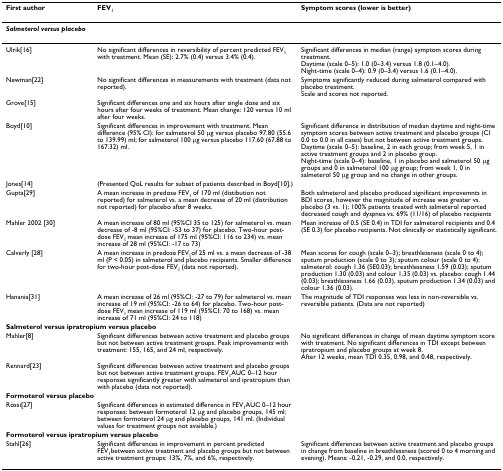
<table><thead><tr><td><b>First author</b></td><td><b>FEV<sub>1</sub></b></td><td><b>Symptom scores (lower is better)</b></td></tr></thead><tbody><tr><td colspan="3"><b><i>Salmeterol versus placebo</i></b></td></tr><tr><td>Ulrik[16]</td><td>No significant differences in reversibility of percent predicted FEV<sub>1 </sub>with treatment. Mean (SE): 2.7% (0.4) versus 3.4% (0.4).</td><td>Significant differences in median (range) symptom scores during treatment.Daytime (scale 0–5): 1.0 (0–3.4) versus 1.8 (0.1–4.0).Night-time (scale 0–4): 0.9 (0–3.4) versus 1.6 (0.1–4.0).</td></tr><tr><td>Newman[22]</td><td>No significant differences in measurements with treatment (data not reported).</td><td>Symptoms significantly reduced during salmeterol compared with placebo treatment.Scale and scores not reported.</td></tr><tr><td>Grove[15]</td><td>Significant differences one and six hours after single dose and six hours after four weeks of treatment. Mean change: 120 versus 10 ml after four weeks.</td><td></td></tr><tr><td>Boyd[10]</td><td>Significant differences in improvement with treatment. Mean difference (95% CI): for salmeterol 50 μg versus placebo 97.80 (55.6 to 139.99) ml; for salmeterol 100 μg versus placebo 117.60 (67.88 to 167.32) ml.</td><td>Significant difference in distribution of median daytime and night-time symptom scores between active treatment and placebo groups (CI 0.0 to 0.0 in all cases) but not between active treatment groups.Daytime (scale 0–5): baseline, 2 in each group; from week 5, 1 in active treatment groups and 2 in placebo group.Night-time (scale 0–4): baseline, 1 in placebo and salmeterol 50 μg groups and 0 in salmeterol 100 μg group; from week 1, 0 in salmeterol 50 μg group and no change in other groups.</td></tr><tr><td>Jones[14]</td><td>(Presented QoL results for subset of patients described in Boyd[10].)</td><td></td></tr><tr><td>Gupta[29]</td><td>A mean increase in predose FEV<sub>1 </sub>of 170 ml (distibution not reported) for salmeterol vs. a mean decrease of 20 ml (distribution not reported) for placebo after 8 weeks.</td><td>Both salmeterol and placebo produced significant improvemnts in BDI scores, however the magnitude of increase was greater vs. placebo (3 vs. 1); 100% patients treated with salmeterol reported decreased cough and dyspnea vs. 69% (11/16) of placebo recipients</td></tr><tr><td>Mahler 2002 [30]</td><td>A mean increase of 80 ml (95%CI 35 to 125) for salmeterol vs. mean decrease of -8 ml (95%CI: -53 to 37) for placebo. Two-hour post-dose FEV<sub>1 </sub>mean increase of 175 ml (95%CI: 116 to 234) vs. mean increase of 28 ml (95%CI: -17 to 73)</td><td>Mean increase of 0.5 (SE 0.4) in TDI for salmeterol recipients and 0.4 (SE 0.3) for placebo recipients. Not clinically or statistically significant.</td></tr><tr><td>Calverly [28]</td><td>A mean increase in predose FEV<sub>1</sub>of 25 ml vs. a mean decrease of -38 ml (P &lt; 0.05) in salmeterol and placebo recipients. Smaller difference for two-hour post-dose FEV<sub>1 </sub>(data not reported).</td><td>Mean scores for cough (scale 0–3); breathlessness (scale 0 to 4); sputum production (scale 0 to 3); sputum colour (scale 0 to 4): salmeterol: cough 1.36 (SE0.03); breathlessness 1.59 (0.03); sputum production 1.30 (0.03) and colour 1.35 (0.03) vs. placebo: cough 1.44 (0.03); breathlessness 1.66 (0.03), sputum production 1.34 (0.03) and colour 1.36 (0.03).</td></tr><tr><td>Hanania[31]</td><td>A mean increase of 26 ml (95%CI: -27 to 79) for salmeterol vs. mean increase of 19 ml (95%CI: -26 to 64) for placebo. Two-hour post-dose FEV<sub>1 </sub>mean increase of 119 ml (95%CI: 70 to 168) vs. mean increase of 71 ml (95%CI: 24 to 118)</td><td>The magnitude of TDI responses was less in non-reversible vs. reversible patients. (Data are not reported)</td></tr><tr><td colspan="3"><b>Salmeterol versus ipratropium versus placebo</b></td></tr><tr><td>Mahler[8]</td><td>Significant differences between active treatment and placebo groups but not between active treatment groups. Peak improvements with treatment: 155, 165, and 24 ml, respectively.</td><td>No significant differences in change of mean daytime symptom score with treatment. No significant differences in TDI except between ipratropium and placebo groups at week 8.After 12 weeks, mean TDI 0.35, 0.98, and 0.48, respectively.</td></tr><tr><td>Rennard[23]</td><td>Significant differences between active treatment and placebo groups but not between active treatment groups. FEV<sub>1</sub>AUC 0–12 hour responses significantly greater with salmeterol and ipratropium than with placebo (data not reported).</td><td></td></tr><tr><td colspan="3"><b>Formoterol versus placebo</b></td></tr><tr><td>Rossi[27]</td><td>Significant differences in estimated difference in FEV<sub>1</sub>AUC 0–12 hour responses: between formoterol 12 μg and placebo groups, 145 ml; between formoterol 24 μg and placebo groups, 141 ml. (Individual values for treatment groups not available.)</td><td></td></tr><tr><td colspan="3"><b>Formoterol versus ipratropium versus placebo</b></td></tr><tr><td>Stahl[26]</td><td>Significant differences in improvement in percent predicted FEV<sub>1</sub>between active treatment and placebo groups but not between active treatment groups: 13%, 7%, and 6%, respectively.</td><td>Significant differences between active treatment and placebo groups in change from baseline in breathlessness (scored 0 to 4 morning and evening). Means: -0.21, -0.29, and 0.0, respectively.</td></tr></tbody></table>